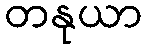
တနုယာ